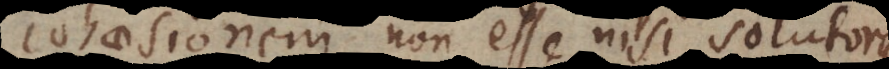
cohaesionem non esse nisi solutorum